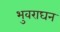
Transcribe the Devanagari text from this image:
भुवराघन